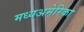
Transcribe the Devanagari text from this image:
मध्यअमेरिका